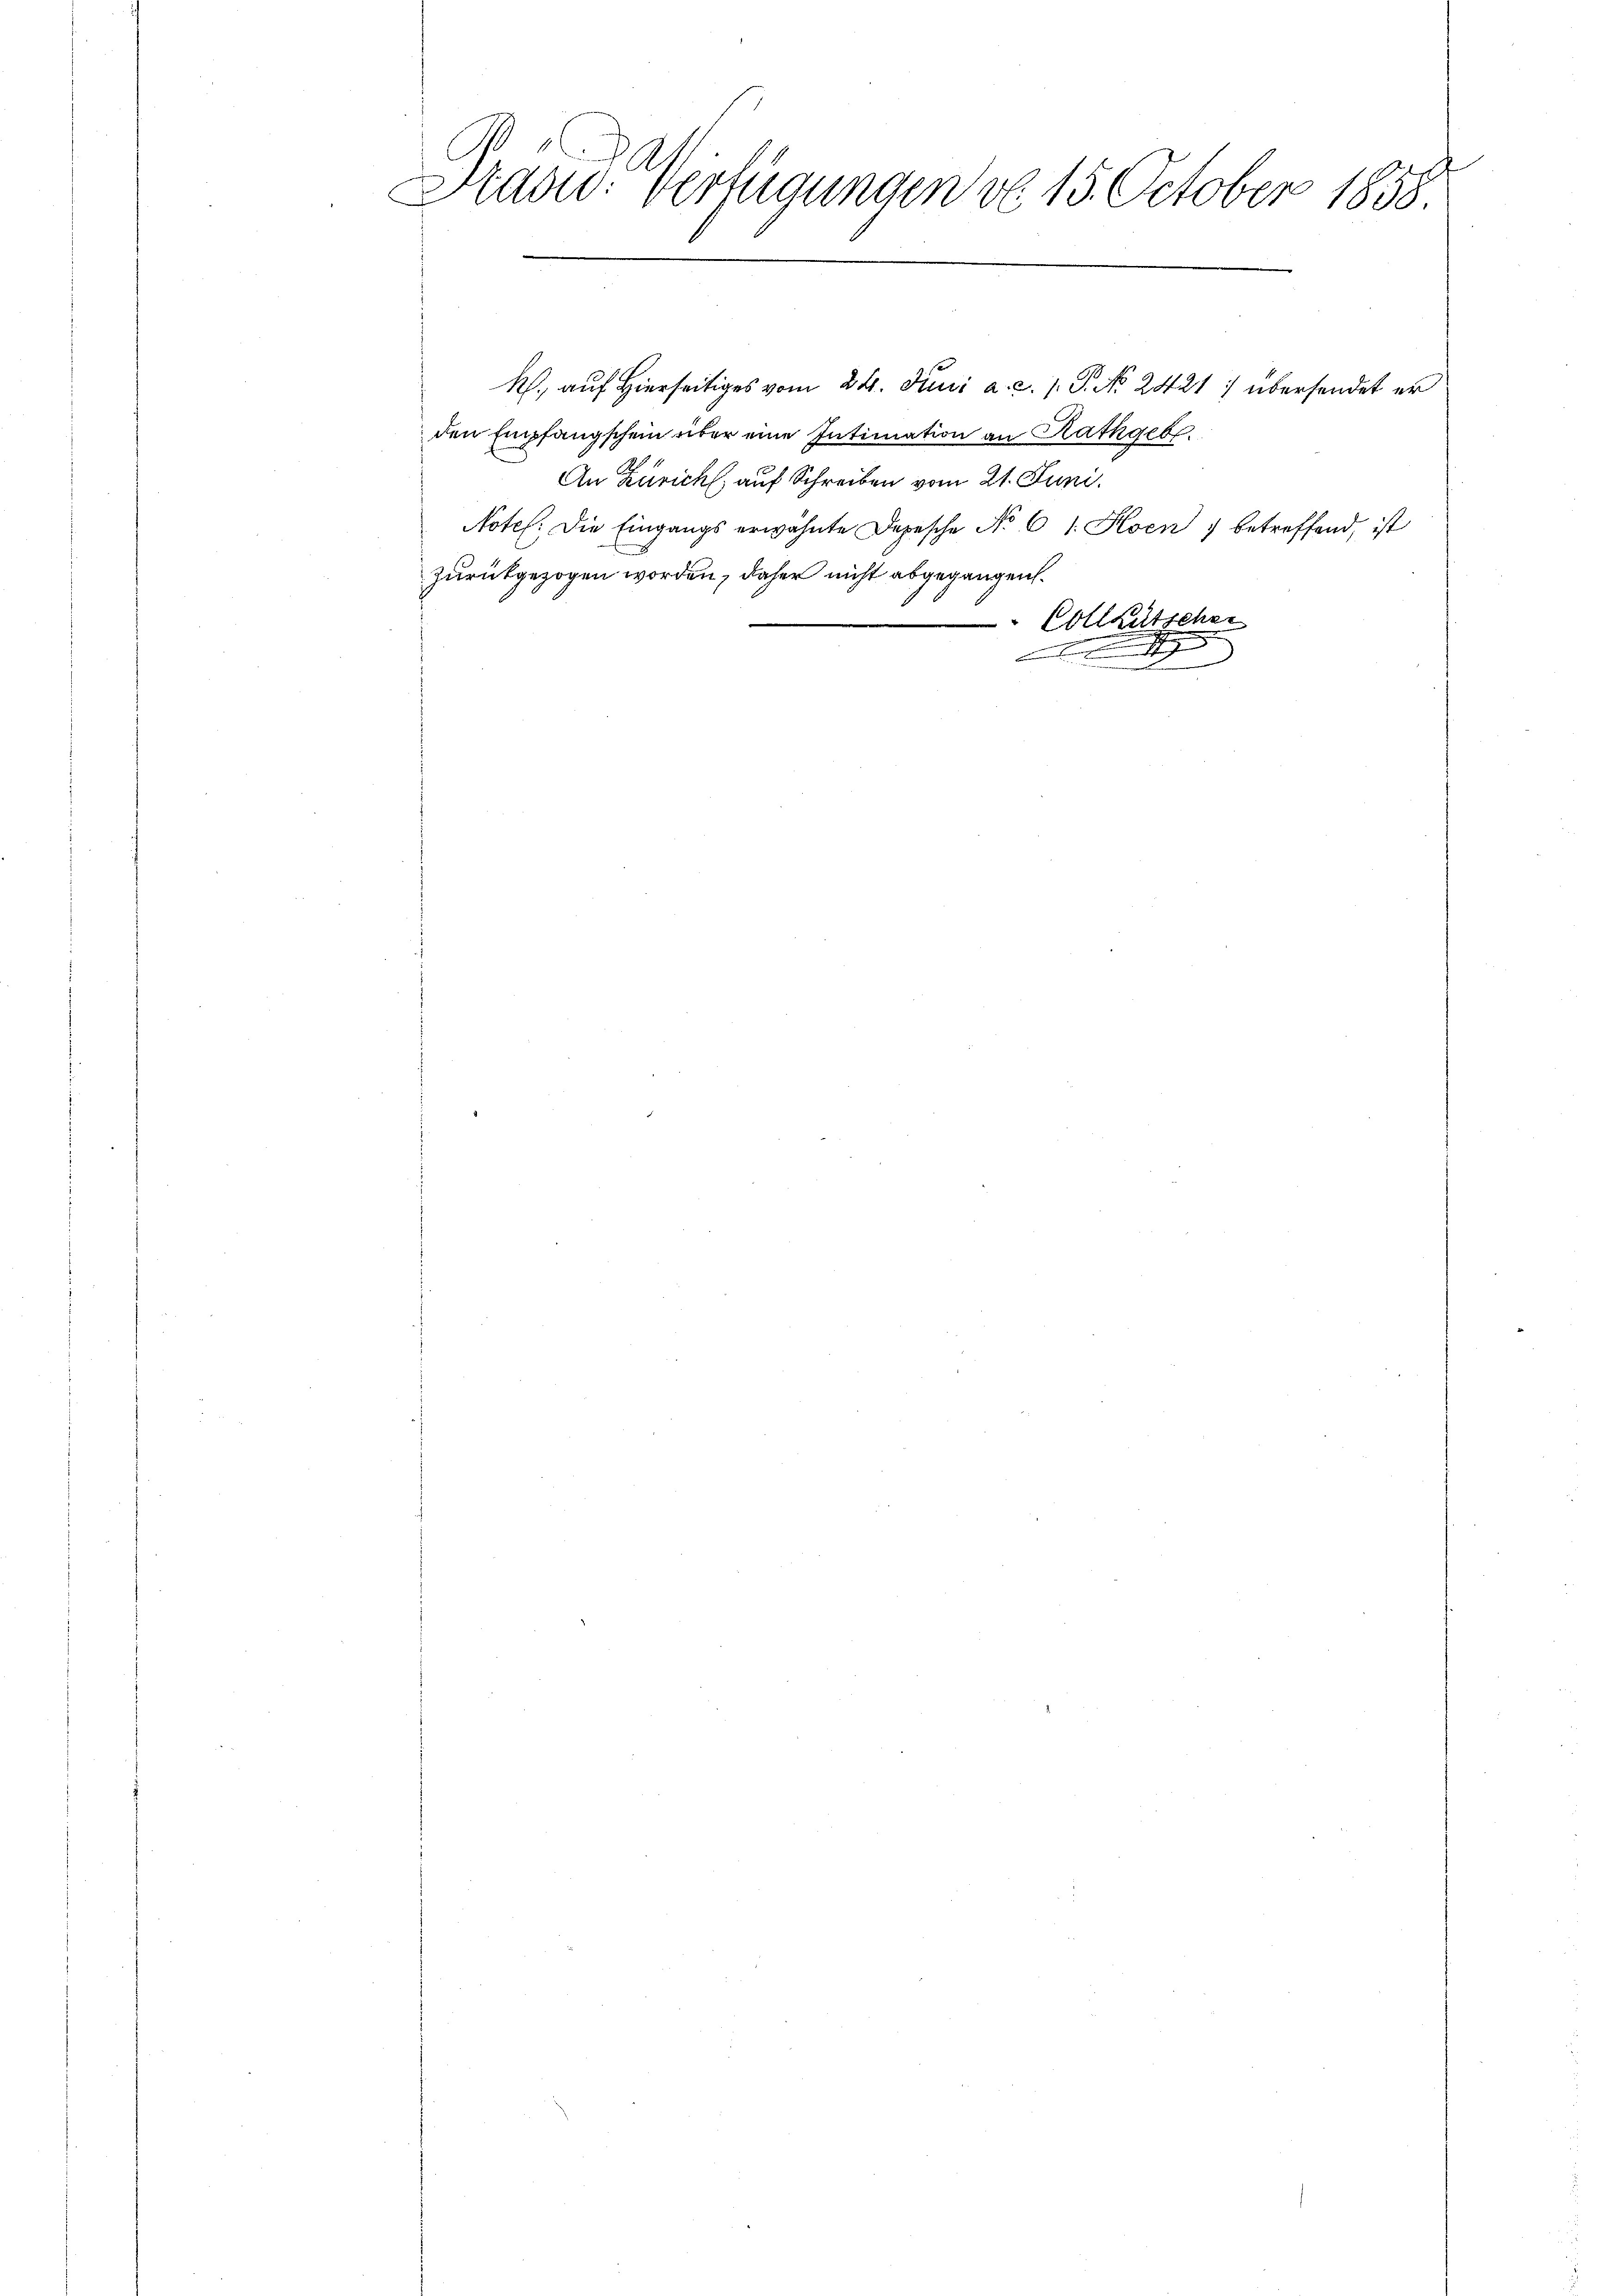
Kaswo. Verfügungen d. 15. October 1858

den Empfangschein über eine Intimation an Rathgebr
An Zürich, auf Schreiben vom 21. Juni.
Notel. Die Eingangs erwähnte Depesche No 6 l. Hoen 7 betreffend, ist
zurückgezogen worden, daher nicht abgegangen.
Collkutscher
g
)

R., auf Hierseitiges vom 24. Juni a. c. 1. P. No. 2421 :/ übersendet er